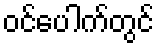
ဝင်ပေါက်တွင်